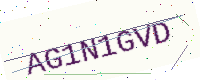
Text: AG1N1GVD